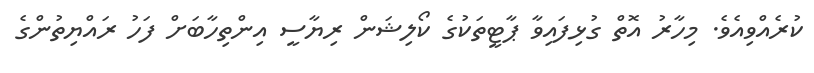
ކުރެއްވިއެވެ. މިހާރު އޮތް ގުޅިފައިވާ ޕާޓީތަކުގެ ކޯލިޝަން ރިޔާސީ އިންތިހާބަށް ފަހު ރައްޔިތުންގެ